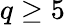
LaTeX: q\geq 5